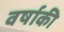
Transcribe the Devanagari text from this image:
वर्षाकी